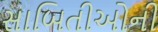
સાબિતીઓની